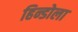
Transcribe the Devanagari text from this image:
हिन्डोला